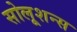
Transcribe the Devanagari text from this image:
सोलूशन्स